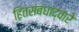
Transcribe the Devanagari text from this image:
हितसंबंधांद्वारे